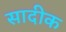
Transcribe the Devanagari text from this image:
सादीक